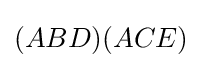
(ABD)(ACE)